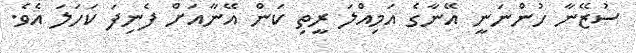
ސުޒޭނާ ހުންނަނީ އޭނާގެ އަމިއްލަ ރީތި ކަން އޭނާއަށް ފެނިފަ ކަހަލަ އެވެ.